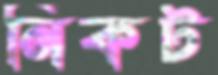
নিকট